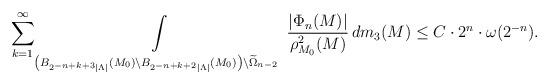
LaTeX: \begin{align*}\sum_{k=1}^{\infty}\int\limits_{\left( B_{2^{-n+k+3}|\Lambda |}(M_0)\setminus B_{2^{-n+k+2}|\Lambda |}(M_0)\right)\setminus\widetilde{\Omega}_{n-2}}\, \frac{|\Phi_n(M)|}{\rho^2_{M_0}(M)}\, dm_3(M)\leq C\cdot 2^{n}\cdot \omega (2^{-n}).\end{align*}